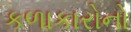
કળાકારોનો